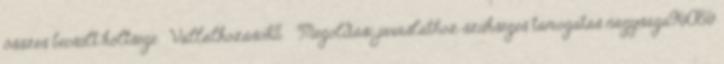
összes becsült költsége ▪Vállalkozások% ▪Megoldási javaslathoz szükséges támogatás nagysága96086